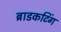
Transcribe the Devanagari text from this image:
ब्राडकटिंग